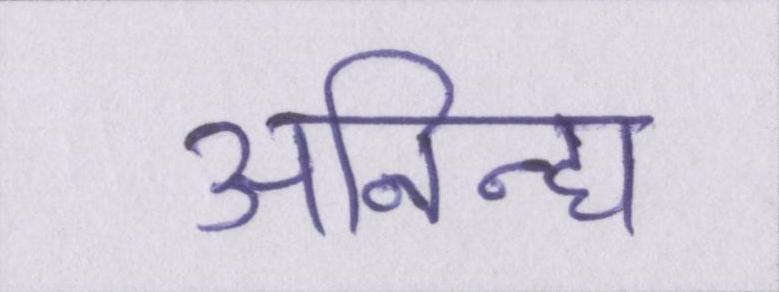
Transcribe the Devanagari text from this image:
अनिन्द्य